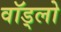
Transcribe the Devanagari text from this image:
वॉड्लो